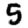
Digit: 5